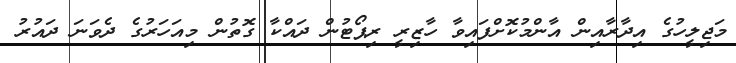
މަޖިލީހުގެ އިދާރާއިން އާންމުކޮށްފައިވާ ހާޒިރީ ރިޕޯޓުން ދައްކާ ގޮތުން މިއަހަރުގެ ދެވަނަ ދައުރު